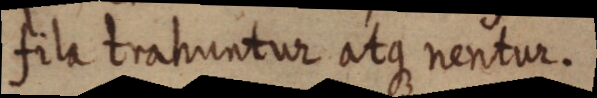
fila trahuntur atque nentur.